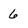
Character: 6